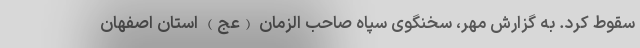
سقوط کرد. به گزارش مهر، سخنگوی سپاه صاحب الزمان (عج) استان اصفهان